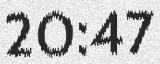
20:47